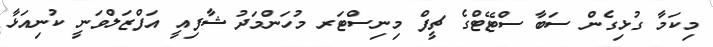
މިކަމާ ގުޅިގެން ސަބާ ސްޓޭޓްގެ ޗީފް މިނިސްޓަރ މުހަންމަދު ޝާފިއީ އަފްޒަލްވަނީ ކުނިއަޅާ